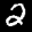
Label: 2